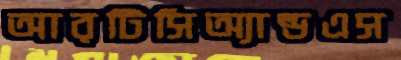
আরটিসিঅ্যান্ডএস